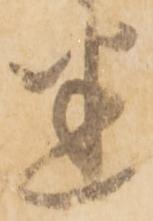
悉